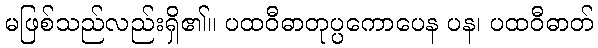
မဖြစ်သည်လည်းရှိ၏။ ပထဝီဓာတုပ္ပကောပေန ပန၊ ပထဝီဓာတ်